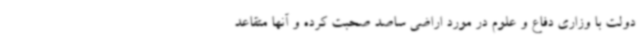
دولت با وزاری دفاع و علوم در مورد اراضی ساصد صحبت کرده و آنها متقاعد